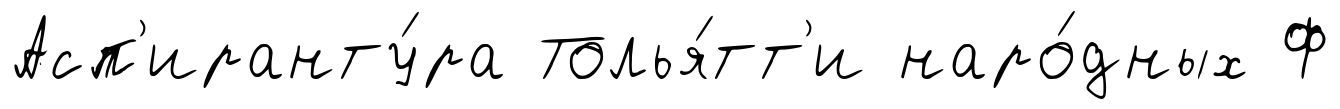
Асп'иранту́ра Толья́тт'и наро́дных Ф